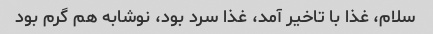
سلام، غذا با تاخیر آمد، غذا سرد بود، نوشابه هم گرم بود